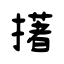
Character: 擆